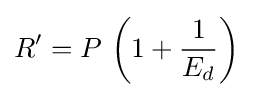
R'=P\,\left(1+{\dfrac {1}{E_{d}}}\right)